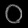
Digit: ၀